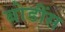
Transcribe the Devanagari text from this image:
बोडींस